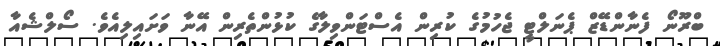
ބްރޫނޯ ފެނާންޑޭޒް ޕެނަލްޓީ ޖެހުމުގެ ކުރިން އެސްޓަންވިލާގެ ކުޅުންތެރިން އޭނާ ވަށައިލިއެވެ. ސޯލްޝެއާ